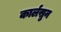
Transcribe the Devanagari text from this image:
कार्लस्रुन